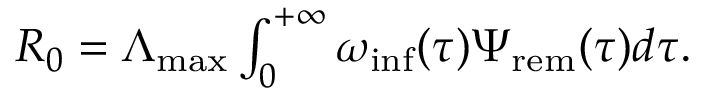
\begin{array} { r } { R _ { 0 } = \Lambda _ { \mathrm { m a x } } \int _ { 0 } ^ { + \infty } { \omega _ { \mathrm { i n f } } ( \tau ) \Psi _ { \mathrm { r e m } } ( \tau ) d \tau } . } \end{array}